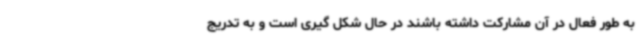
به طور فعال در آن مشارکت داشته باشند در حال شکل گیری است و به تدریج